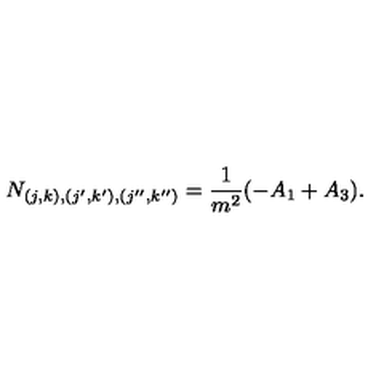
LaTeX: N _ { ( j , k ) , ( j ^ { \prime } , k ^ { \prime } ) , ( j ^ { \prime \prime } , k ^ { \prime \prime } ) } = \frac { 1 } { m ^ { 2 } } ( - A _ { 1 } + A _ { 3 } ) .